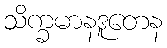
သိက္ခမာနဒူတေန